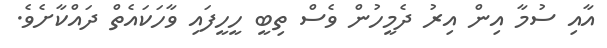
އާއި ސުމާ އިން އިރު ދެމީހުން ވެސް ތިބީ ހީހީފައި ވާހަކައެތް ދައްކާށެވެ.